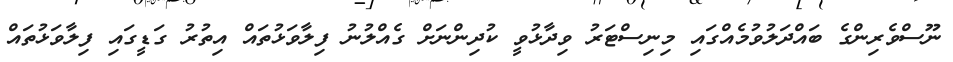
ނޫސްވެރިންގެ ބައްދަލުވުމެއްގައި މިނިސްޓަރު ވިދާޅުވީ ކުދިންނަށް ގެއްލުނު ފިލާވަޅުތައް އިތުރު ގަޑީގައި ފިލާވަޅުތައް